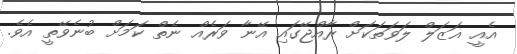
އެއީ ޣަޒަލް ލަވަތަކަށް ރާއްޖޭގައި އޭނާ ވަރެއް ނެތް ކަމަށް ބުނެވޭތީ އެވެ.